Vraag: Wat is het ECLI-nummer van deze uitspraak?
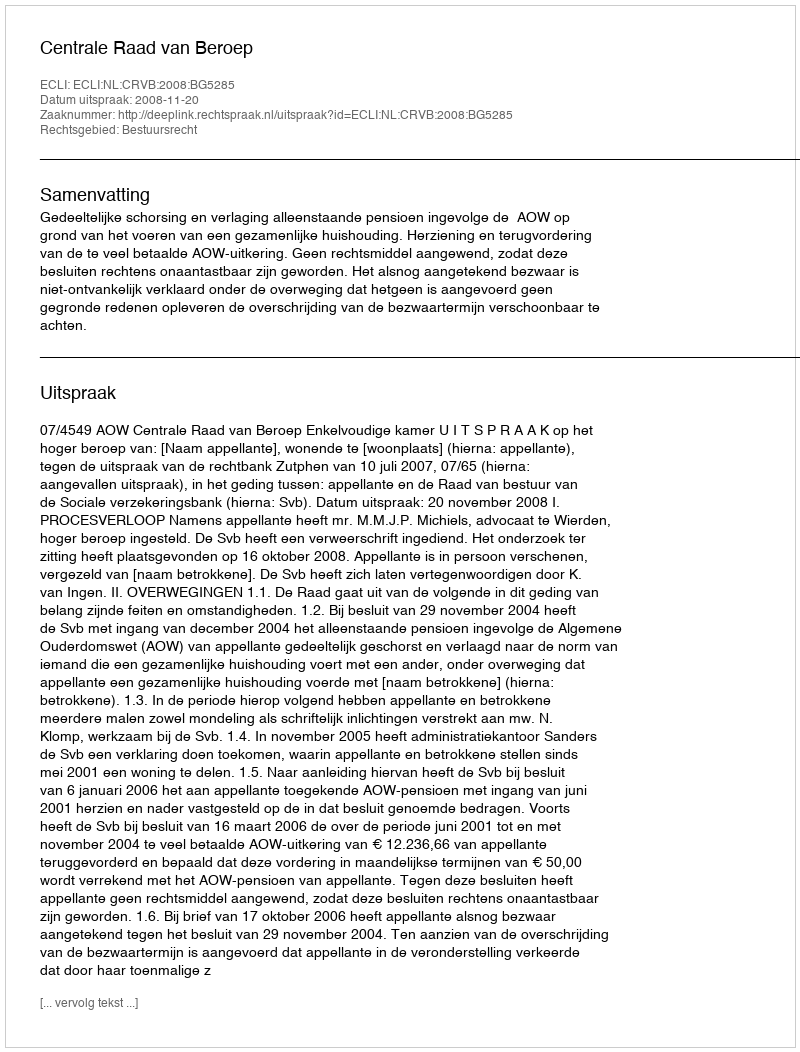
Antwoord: ECLI:NL:CRVB:2008:BG5285